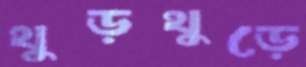
থুড়থুড়ে